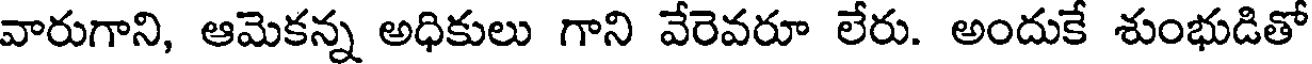
వారుగాని, ఆమెకన్న అధికులు గాని వేరెవరూ లేరు. అందుకే శుంభుడితో